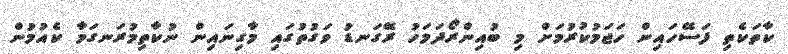
ކާތަކެތި ފަސޭހައިން ހަޖަމުކުރުމަށް މި ބުއިންރޯދަމަހު ރޭގަނޑު ވަގުތުގައި މާގިނައިން ނުކާތިމުރަނގަމާ ކެއުމުން